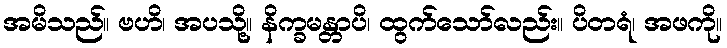
အမိသည်။ ဗဟိ၊ အပသို့။ နိက္ခမန္တာပိ၊ ထွက်သော်လည်း။ ပိတရံ၊ အဖကို။